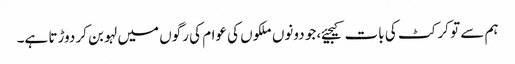
ہم سے تو کرکٹ کی بات کیجیئے، جو دونوں ملکوں کی عوام کی رگوں میں لہو بن کر دوڑتا ہے۔